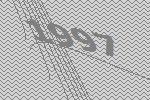
1997